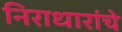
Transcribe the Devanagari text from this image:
निराधारांचे